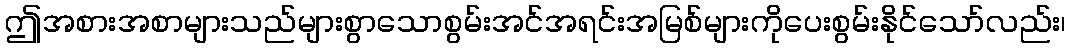
ဤအစားအစာများသည်များစွာသောစွမ်းအင်အရင်းအမြစ်များကိုပေးစွမ်းနိုင်သော်လည်း၊